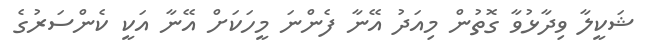
ޝަކީލާ ވިދާޅުވާ ގޮތުން މިއަދު އޭނާ ފެންނަ މީހަކަށް އޭނާ އަކީ ކެންސަރުގެ